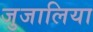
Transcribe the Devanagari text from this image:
जुजालिया